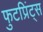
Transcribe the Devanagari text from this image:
फुटप्रिंट्स